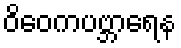
ဝိဝေကပဗ္ဘာရေန